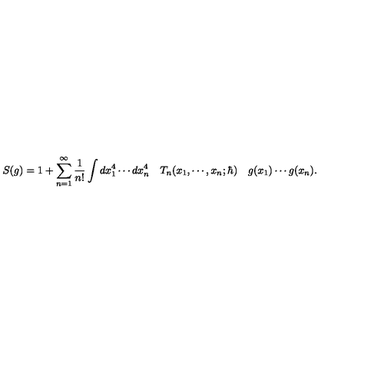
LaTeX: S ( g ) = 1 + \sum _ { n = 1 } ^ { \infty } \frac { 1 } { n ! } \int d x _ { 1 } ^ { 4 } \cdots d x _ { n } ^ { 4 } \quad T _ { n } ( x _ { 1 } , \cdots , x _ { n } ; \hbar ) \quad g ( x _ { 1 } ) \cdots g ( x _ { n } ) .